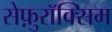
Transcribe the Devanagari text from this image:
सेफ़ुरॉक्सिम